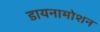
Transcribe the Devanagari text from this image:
डायनामोशन